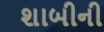
શાબીની